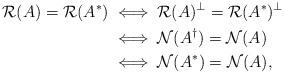
LaTeX: \begin{align*} \mathcal R(A) =\mathcal R(A^*)&\iff \mathcal R(A)^\perp =\mathcal R(A^*)^\perp\\ &\iff \mathcal N(A^\dag)=\mathcal N(A)\\ &\iff \mathcal N(A^*)=\mathcal N(A), \end{align*}